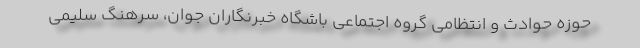
حوزه حوادث و انتظامی گروه اجتماعی باشگاه خبرنگاران جوان، سرهنگ سلیمی